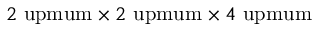
2 \mathrm { \ u p m u m } \times 2 \mathrm { \ u p m u m } \times 4 \mathrm { \ u p m u m }